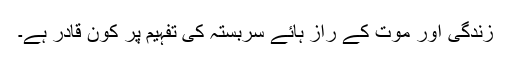
زندگی اور موت کے راز ہائے سربستہ کی تفہیم پر کون قادر ہے۔